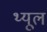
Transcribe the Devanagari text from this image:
थ्यूल